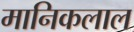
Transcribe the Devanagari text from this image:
मानिकलाल